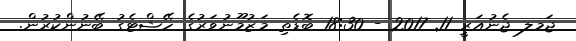
ޖަމލ ޖެނުއަރީ 11